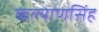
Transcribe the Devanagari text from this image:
कल्‍याणसिंह